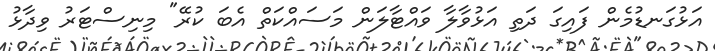
އަޅުގަނޑުމެން ފައިގަ ދަތި އަޅުވާލާ ވައްޓާލަން މަސައްކަތް އެބަ ކުރޭ" މިނިސްޓަރު ވިދާޅު